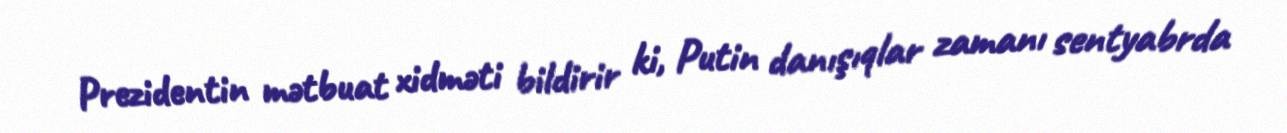
Prezidentin mətbuat xidməti bildirir ki, Putin danışıqlar zamanı sentyabrda